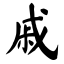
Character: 戚